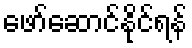
ဖော်ဆောင်နိုင်ရန်